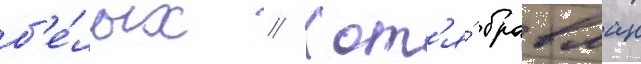
б'е́лых // Хот'я́ бравман